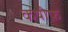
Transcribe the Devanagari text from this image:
कषीफ़